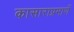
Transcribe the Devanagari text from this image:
कासाराप्रमाणें